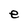
Character: e